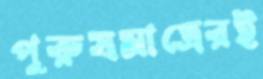
পুরুষমাত্রেরই